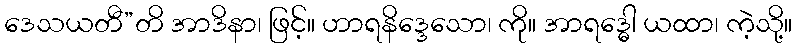
ဒေသယတီ”တိ အာဒိနာ၊ ဖြင့်။ ဟာရနိဒ္ဒေသော၊ ကို။ အာရဒ္ဓေါ ယထာ၊ ကဲ့သို့။